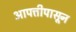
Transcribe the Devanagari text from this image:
आपत्तीपासून